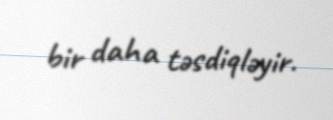
bir daha təsdiqləyir.